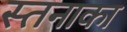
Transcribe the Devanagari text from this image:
स्तनाका